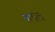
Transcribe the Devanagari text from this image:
बाशिंगे